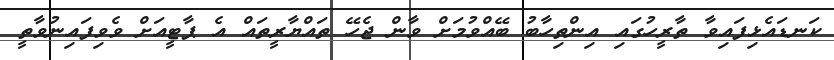
ކަނޑައެޅިފައިވާ ތާރީހުގައި އިންތިހާބު ބޭއްވުމަށް ވާން ޖެހޭ ތައްޔާރީތައް އެ ޕާޓީއަށް ވެވިފައިނުވާތީ